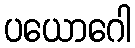
ပယောဂေါ